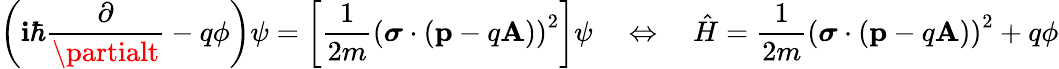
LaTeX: \left(\mathbf{i}\hbar{\frac{{\partial}}{{\partialt}}}-q\phi\right)\psi=\left[{\frac{{1}}{{2m}}}{({\boldsymbol{\sigma}}\cdot(\mathbf{{p}}-q\mathbf{{A}}))}^{2}\right]\psi\quad\Leftrightarrow\quad{\hat{{H}}}={\frac{{1}}{{2m}}}{({\boldsymbol{\sigma}}\cdot(\mathbf{{p}}-q\mathbf{{A}}))}^{2}+q\phi